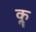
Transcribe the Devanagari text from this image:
कॣ